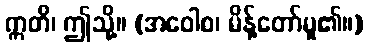
ဣတိ၊ ဤသို့။ (အဝေါစ၊ မိန့်တော်မူ၏။)